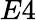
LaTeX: E4